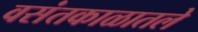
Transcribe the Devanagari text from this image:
वसंतकाळातले